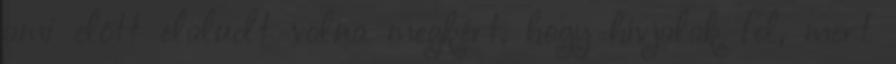
ami előtt elaludt volna megkért, hogy hívjalak fel, mert